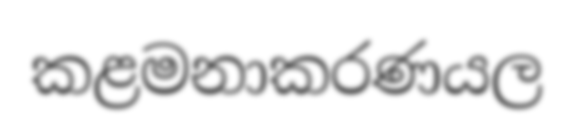
කළමනාකරණයල